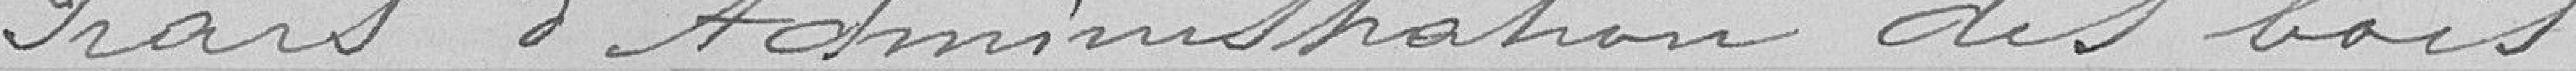
Frais d('administration des bois